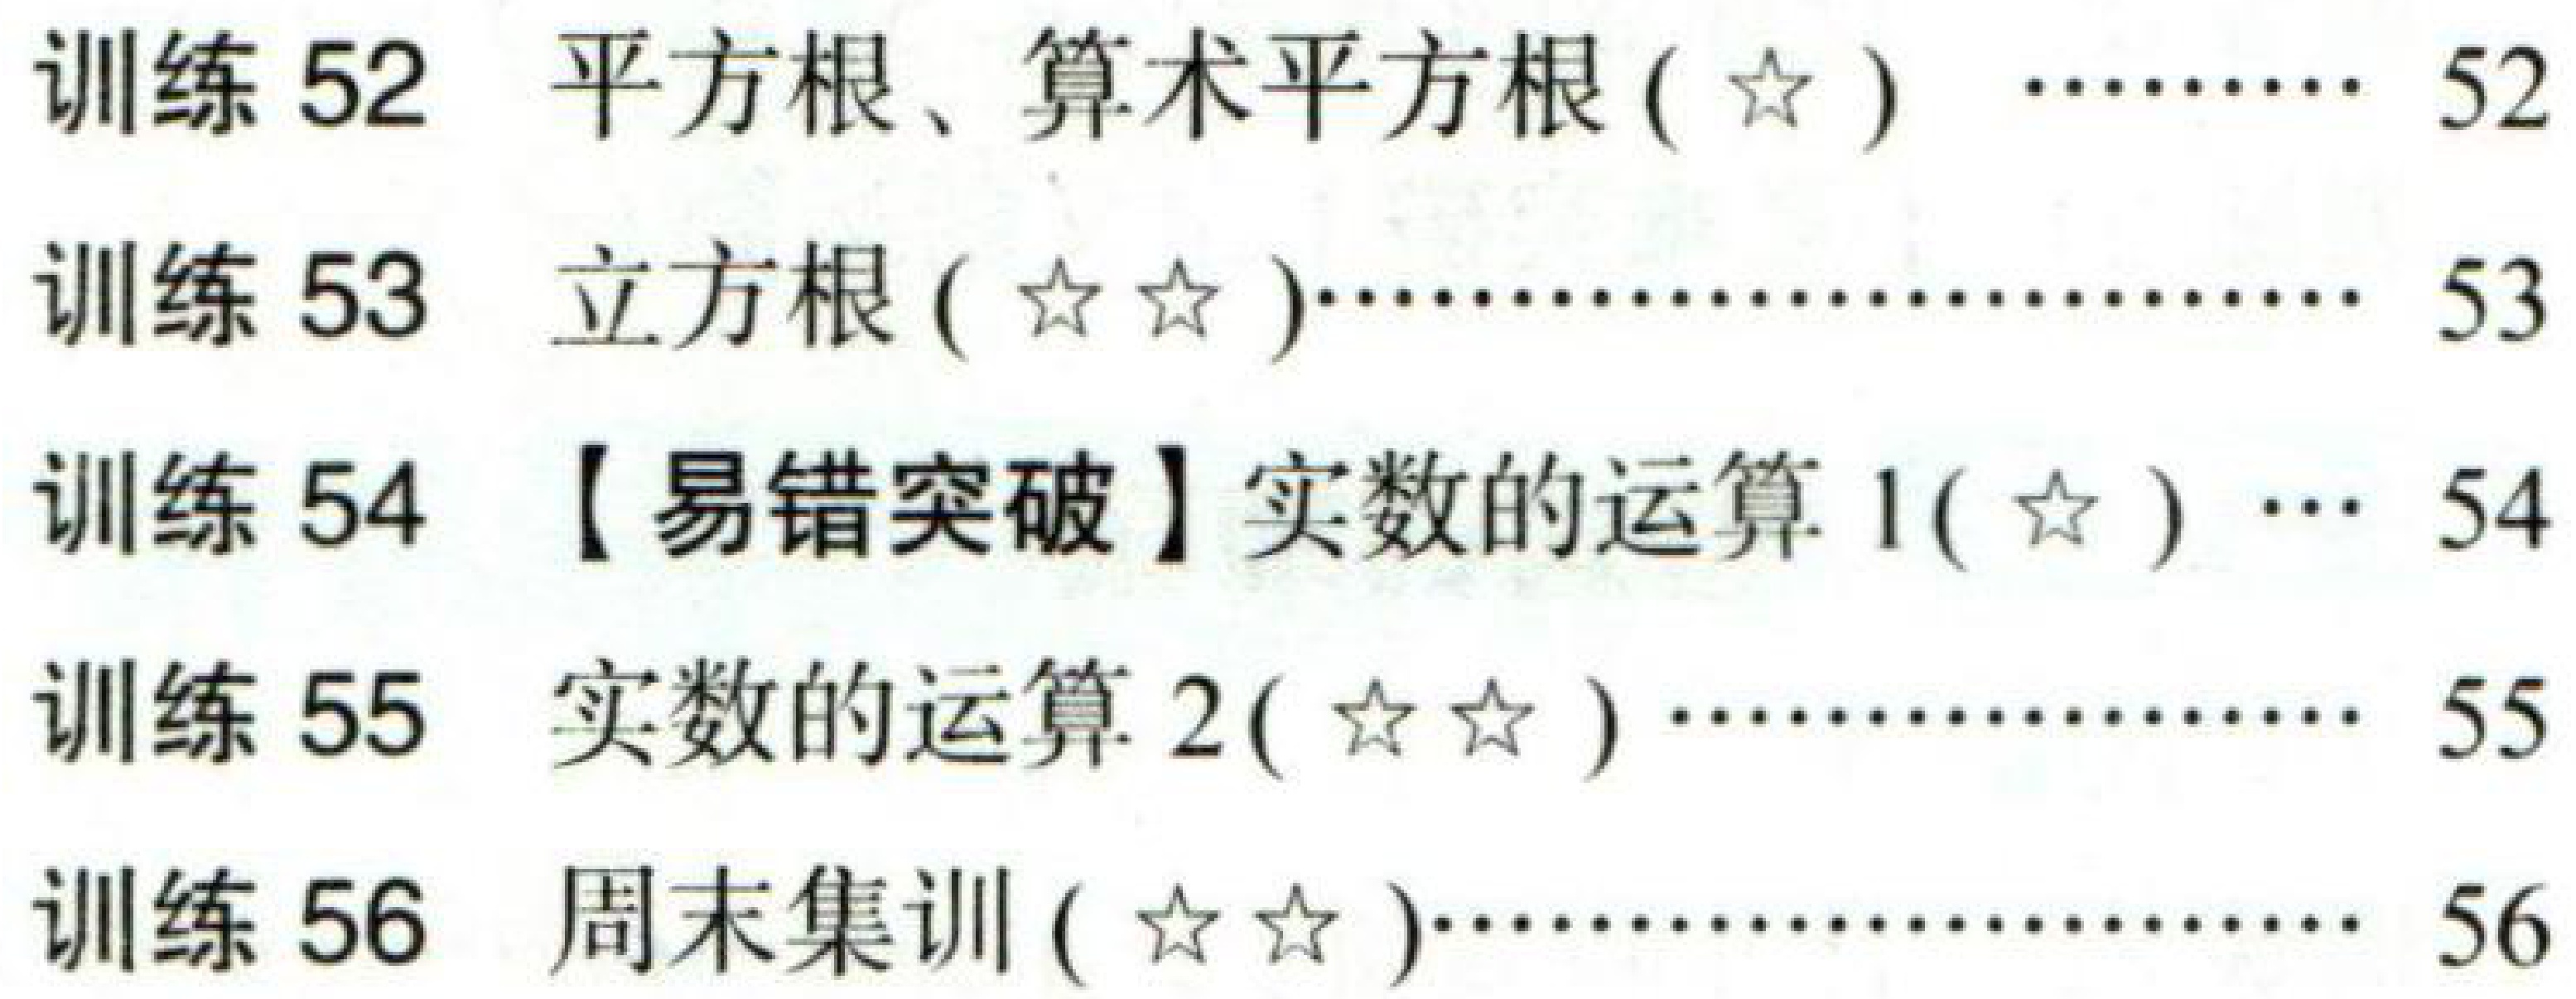
训练 52  平方根、算术平方根(☆) ……… 52
训练 53  立方根(☆☆)……………………… 53
训练 54  【易错突破】实数的运算 1(☆) … 54
训练 55  实数的运算 2(☆☆) …………… 55
训练 56  周末集训(☆☆)…………………… 56